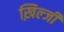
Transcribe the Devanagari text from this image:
ख़िल्जी